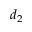
d _ { 2 }